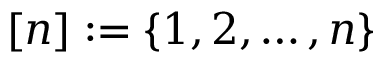
[ n ] : = \{ 1 , 2 , \dots , n \}